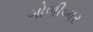
ગોળીબાર